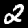
Digit: 2